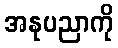
အနုပညာကို